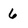
Character: 6